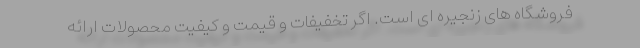
فروشگاه های زنجیره ای است. اگر تخفیفات و قیمت و کیفیت محصولات ارائه